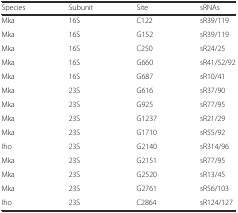
<table><thead><tr><td><b>Species</b></td><td><b>Subunit</b></td><td><b>Site</b></td><td><b>sRNAs</b></td></tr></thead><tbody><tr><td>Mka</td><td>16S</td><td>C122</td><td>sR39/119</td></tr><tr><td>Mka</td><td>16S</td><td>G152</td><td>sR39/119</td></tr><tr><td>Mka</td><td>16S</td><td>C250</td><td>sR24/25</td></tr><tr><td>Mka</td><td>16S</td><td>G660</td><td>sR41/52/92</td></tr><tr><td>Mka</td><td>16S</td><td>G687</td><td>sR10/41</td></tr><tr><td>Mka</td><td>23S</td><td>G616</td><td>sR37/90</td></tr><tr><td>Mka</td><td>23S</td><td>G925</td><td>sR77/95</td></tr><tr><td>Mka</td><td>23S</td><td>G1237</td><td>sR21/29</td></tr><tr><td>Mka</td><td>23S</td><td>G1710</td><td>sR55/92</td></tr><tr><td>Iho</td><td>23S</td><td>G2140</td><td>sR314/96</td></tr><tr><td>Mka</td><td>23S</td><td>G2151</td><td>sR77/95</td></tr><tr><td>Mka</td><td>23S</td><td>G2520</td><td>sR13/45</td></tr><tr><td>Mka</td><td>23S</td><td>G2761</td><td>sR56/103</td></tr><tr><td>Iho</td><td>23S</td><td>C2864</td><td>sR124/127</td></tr></tbody></table>